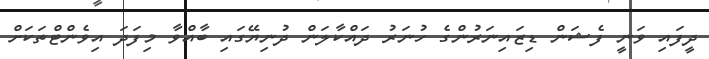
ދީފައި ވަނީ ފެޝަން ޑިޒައިނަރުންގެ ހުނަރު ދައްކާލަން ދުނިޔޭގައި ބާއްވާ މިފަދަ އިވެންޓްތަކަށް